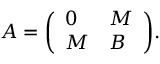
A = { \left( \begin{array} { l l } { 0 } & { M } \\ { M } & { B } \end{array} \right) } { \mathrm { . } }